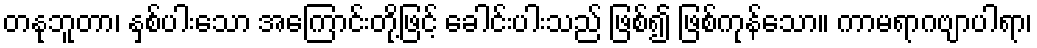
တနုဘူတာ၊ နှစ်ပါးသော အကြောင်းတို့ဖြင့် ခေါင်းပါးသည် ဖြစ်၍ ဖြစ်ကုန်သော။ ကာမရာဂဗျာပါရာ၊